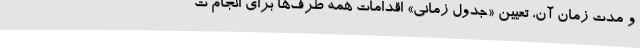
و مدت زمان آن، تعیین «جدول زمانی» اقدامات همه طرف‌ها برای انجام ت